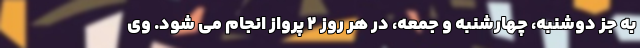
به جز دوشنبه، چهارشنبه و جمعه، در هر روز ۲ پرواز انجام می شود. وی